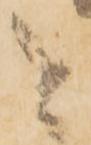
と